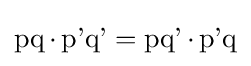
\operatorname {pq} \cdot \operatorname {p'q'} =\operatorname {pq'} \cdot \operatorname {p'q}